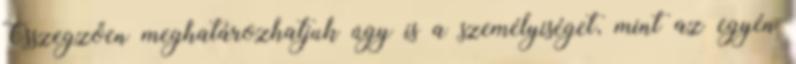
Összegzően meghatározhatjuk úgy is a személyiséget, mint az egyén